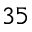
3 5